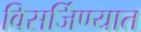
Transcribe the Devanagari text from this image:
विसर्जिण्यात